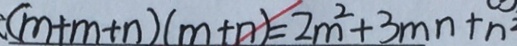
( m + m + n ) ( m + n ) = 2 m ^ { 2 } + 3 m n + n ^ { 2 }